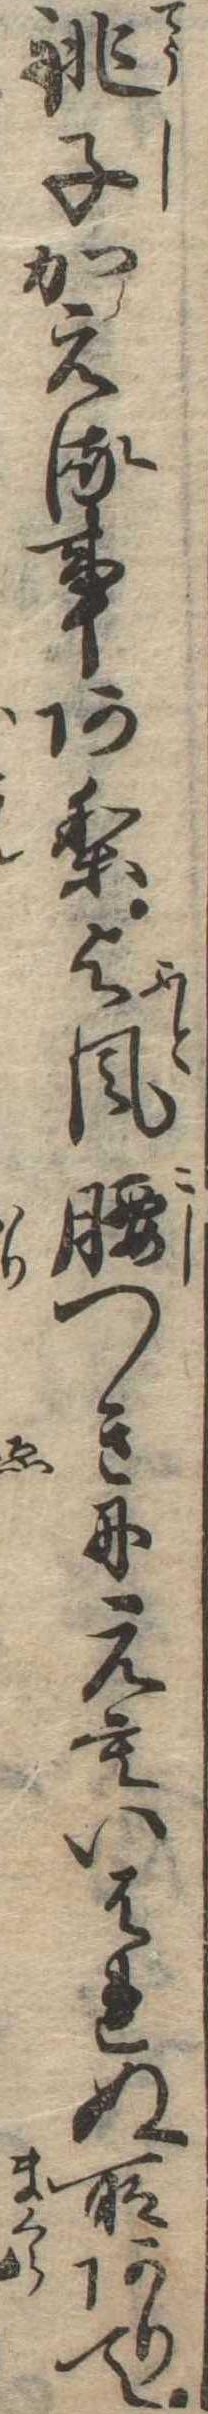
銚子かえる事あり与風腰つきにえもいはれぬ所ありて